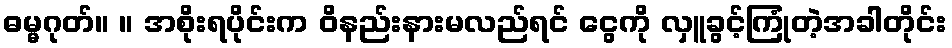
ဓမ္မဂုတ်။ ။ အစိုးရပိုင်းက ဝိနည်းနားမလည်ရင် ငွေကို လှူခွင့်ကြုံတဲ့အခါတိုင်း